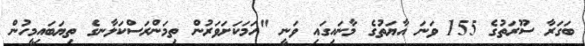
ބަގަރާ ސޫރަތުގެ 155 ވަނަ އާޔަތުގެ މާނައިގައި ވަނީ "ހަމަކަށަވަރުން ތިމަންރަސްކަލާނގެ ތިޔަބައިމީހުން